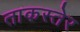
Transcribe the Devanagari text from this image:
ताकस्तेर